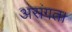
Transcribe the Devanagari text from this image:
असंगत।